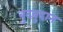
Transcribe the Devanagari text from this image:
बुदबुदान